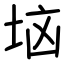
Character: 垴